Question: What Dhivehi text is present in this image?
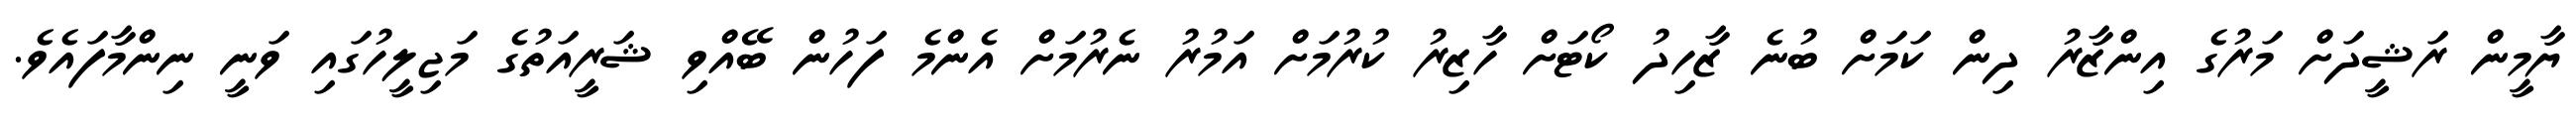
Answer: ޔާމީން ރަޝީދަށް މަރުގެ އިންޒާރު ދިން ކަމަށް ބުނެ ޒާހިދު ކޯޓަށް ހާޒިރު ކުރުމަށް އަމުރު ނެރުމަށް އެންމެ ފަހުން ބޭއްވި ޝަރީއަތުގެ މަޖިލީހުގައި ވަނީ ނިންމާފައެވެ.